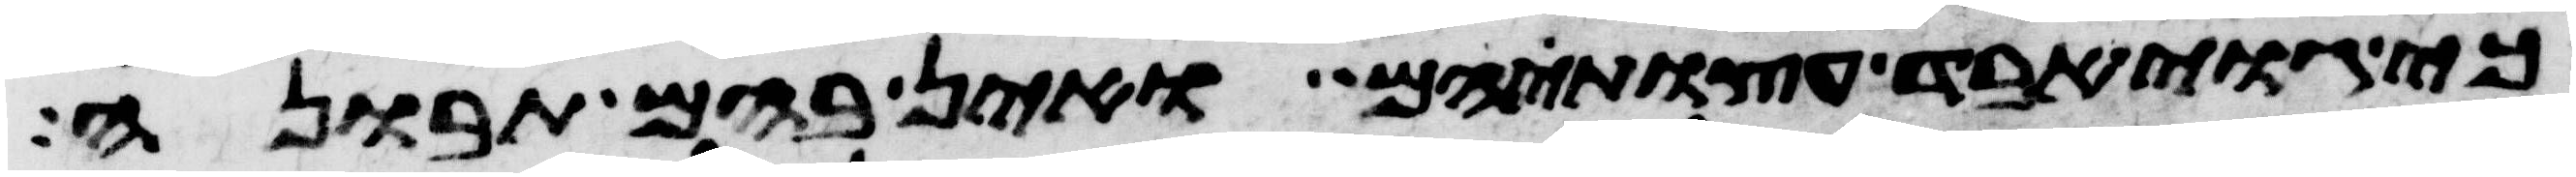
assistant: כי גוי אבד עצות הם ואין בהם תבונה